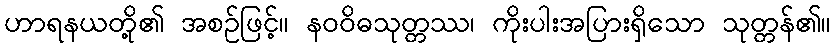
ဟာရနယတို့၏ အစဉ်ဖြင့်။ နဝဝိဓသုတ္တဿ၊ ကိုးပါးအပြားရှိသော သုတ္တန်၏။